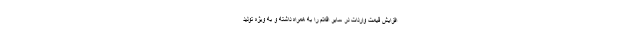
افزایش قیمت واردات در سایر اقلام را به همراه داشته و به ویژه تولید